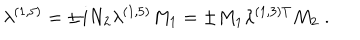
\lambda ^ { ( 1 , 5 ) } = \pm i N _ { 2 } \lambda ^ { ( 1 , 5 ) } M _ { 1 } = \pm M _ { 1 } \lambda ^ { ( 1 , 3 ) T } M _ { 2 } \; .